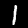
Digit: 1